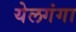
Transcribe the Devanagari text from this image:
येलगंगा